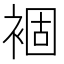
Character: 𧛂